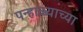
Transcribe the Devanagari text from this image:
पन्हाळ्याच्या